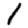
Digit: 1